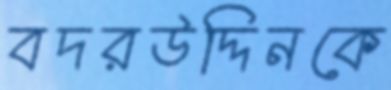
বদরউদ্দিনকে